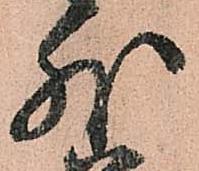
外